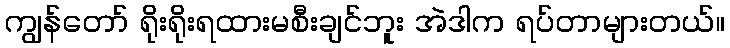
ကျွန်တော် ရိုးရိုးရထားမစီးချင်ဘူး အဲဒါက ရပ်တာများတယ်။